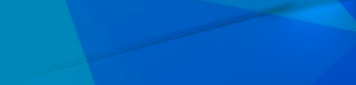
No Parking